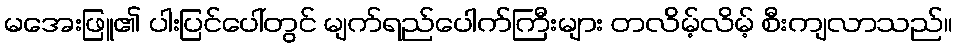
မအေးဖြူ၏ ပါးပြင်ပေါ်တွင် မျက်ရည်ပေါက်ကြီးများ တလိမ့်လိမ့် စီးကျလာသည်။